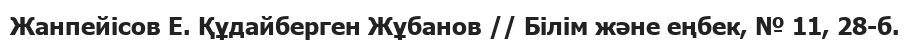
Жанпейісов Е. Құдайберген Жұбанов // Білім және еңбек, № 11, 28-б.